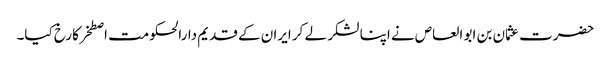
حضرت عثمان بن ابو العاص نے اپنا لشکر لے کر ایران کے قدیم دارالحکومت اصطخر کا رخ کیا۔